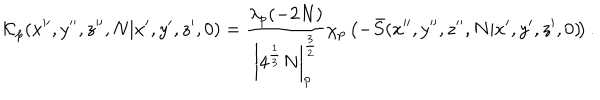
\! { \cal K } _ { p } ( x ^ { \prime \prime } , y ^ { \prime \prime } , z ^ { \prime \prime } , N | x ^ { \prime } , y ^ { \prime } , z ^ { \prime } , 0 ) = \frac { \lambda _ { p } ( - 2 N ) } { \left| 4 ^ { \frac 1 3 } N \right| _ { p } ^ { \frac 3 2 } } \chi _ { p } \left( - \bar { S } ( x ^ { \prime \prime } , y ^ { \prime \prime } , z ^ { \prime \prime } , N | x ^ { \prime } , y ^ { \prime } , z ^ { \prime } , 0 ) \! \right) .